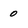
Character: o